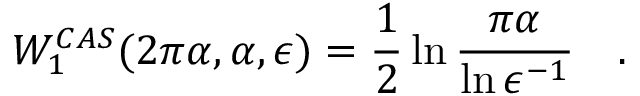
W _ { 1 } ^ { C A S } ( 2 \pi \alpha , \alpha , \epsilon ) = \frac 1 2 \ln { \frac { \pi \alpha } { \ln \epsilon ^ { - 1 } } } ~ ~ ~ .